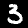
Label: 3